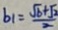
b _ { 1 } = \frac { \sqrt { b } + \sqrt { 2 } } { 2 }